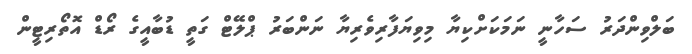
ބަލްވިންދަރު ސަހާނީ ނަމަކަށްކިޔާ މިވިޔަފާރިވެރިޔާ ނަންބަރު ޕްލޭޓް ގަތީ ޑުބާއީގެ ރޯޑް އޮތޯރިޓީން